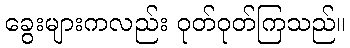
ခွေးများကလည်း ဝုတ်ဝုတ်ကြသည်။